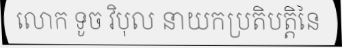
លោក ទូច វិបុល នាយកប្រតិបត្តិនៃ